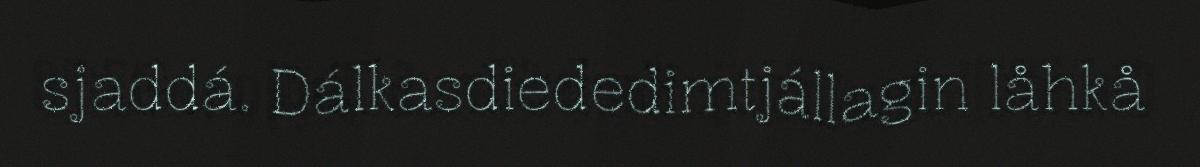
sjaddá. Dálkasdiededimtjállagin låhkå